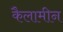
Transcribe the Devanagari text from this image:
कैलामीन